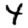
Digit: 4